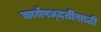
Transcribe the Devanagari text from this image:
कार्यपध्दतीसाठी